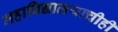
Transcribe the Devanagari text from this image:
महाविद्यालयाचीही